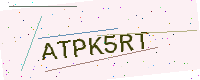
Text: ATPK5RT